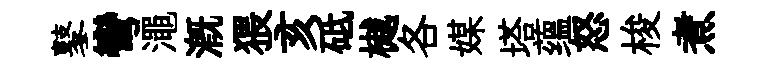
鼕彎澠溉猥亥砥樾各媒塔蕴怒梭煮